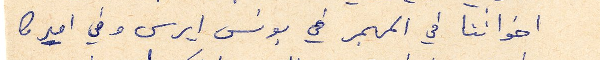
اخواننا في المهجر في بونس ايرس وفي اميركا